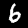
Digit: 6